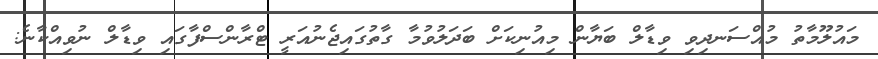
މައުލޫމާތު މުއްސަނދިވި ވިޑާލް ބަޔާން މިއުނިކަށް ބަދަލުވުމާ ގާތުގައިޖެނުއަރީ ޓްރާންސްފާގައި ވިޑާލް ނުވިއްކާނެ: